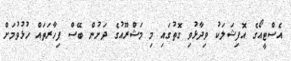
އެސްޓީއޯގެ އޮފިޝަލަކު ވިދާޅުވި ގޮތުގައި މި މަޝްރޫއުގެ ދަށުން ބޭސް ފިހާރަތައް ހުޅުވުމަށް